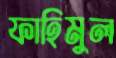
ফাহিমুল